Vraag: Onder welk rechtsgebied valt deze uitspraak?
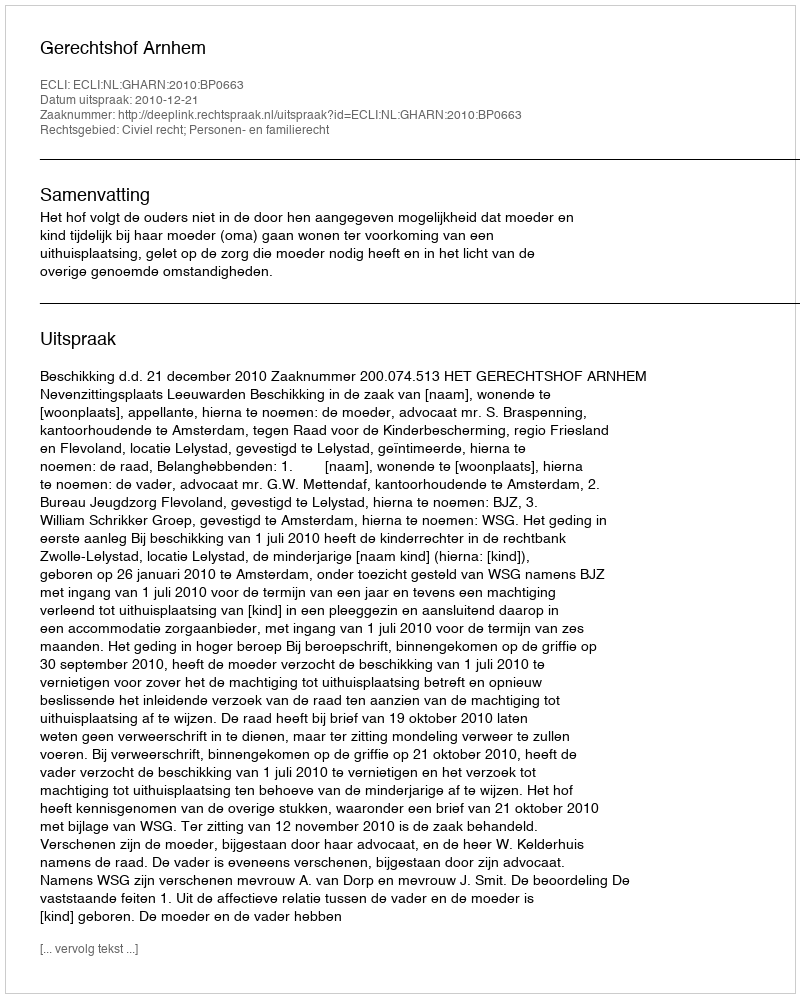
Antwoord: Civiel recht; Personen- en familierecht